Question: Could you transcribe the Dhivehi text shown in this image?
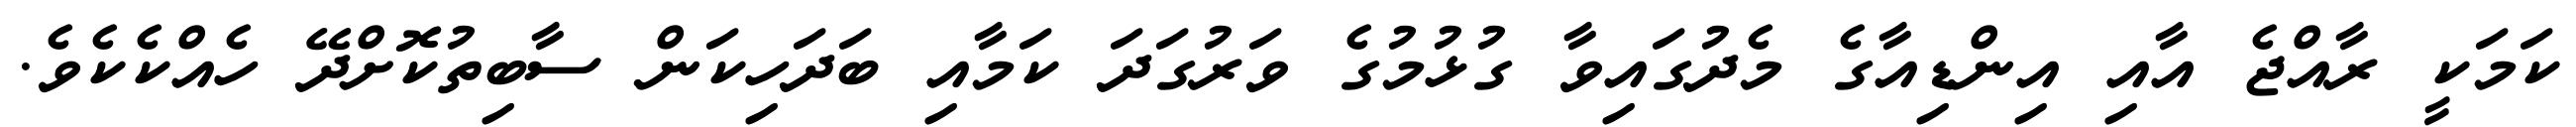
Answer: ކަމަކީ ރާއްޖެ އާއި އިންޑިއާގެ މެދުގައިވާ ގުޅުމުގެ ވަރުގަދަ ކަމާއި ބަދަހިކަން ސާބިތުކޮށްދޭ ހެއްކެކެވެ.